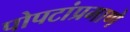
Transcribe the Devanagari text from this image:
पोपटांप्रमाणे